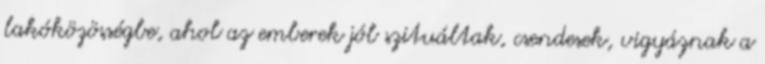
lakóközösségbe, ahol az emberek jól szituáltak, csendesek, vigyáznak a